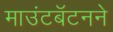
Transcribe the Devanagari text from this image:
माउंटबॅटनने